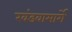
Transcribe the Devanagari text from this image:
खंडवामार्गे